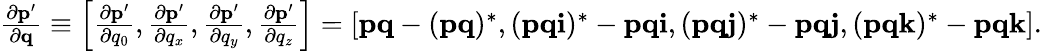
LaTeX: \begin{array}{r}{{\frac{\partial\mathbf{p^{\prime}}}{\partial\mathbf{q}}}\equiv\left[{\frac{\partial\mathbf{p^{\prime}}}{\partial q_{0}}},{\frac{\partial\mathbf{p^{\prime}}}{\partial q_{x}}},{\frac{\partial\mathbf{p^{\prime}}}{\partial q_{y}}},{\frac{\partial\mathbf{p^{\prime}}}{\partial q_{z}}}\right]=\left[\mathbf{pq}-(\mathbf{pq})^{*},(\mathbf{pqi})^{*}-\mathbf{pqi},(\mathbf{pqj})^{*}-\mathbf{pqj},(\mathbf{pqk})^{*}-\mathbf{pqk}\right].}\end{array}